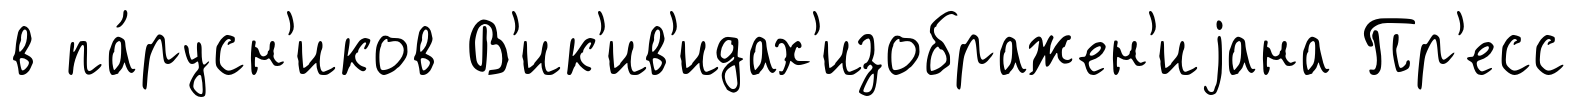
в па́русн'иков В'ик'ив'идах'изображен'иjана Пр'есс